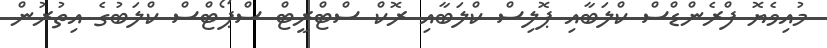
މުއިވެޔޮ ފްރެންޑްސް ކްލަބާއި ޕޮލިސް ކްލަބާއި ރޮކް ސްޓްރީޓް ސްޕޯޓްސް ކްލަބުގެ އިތުރުން